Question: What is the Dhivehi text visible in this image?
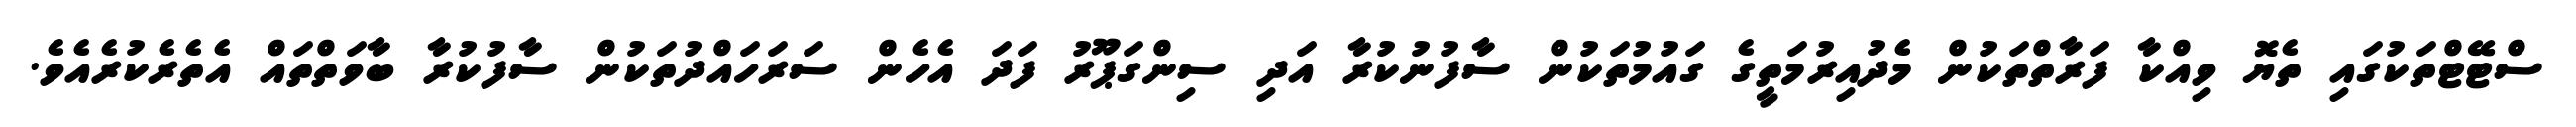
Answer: ސްޓޭޓްތަކުގައި ތެޔޮ ވިއްކާ ފަރާތްތަކުން މެދުއިރުމަތީގެ ގައުމުތަކުން ސާފުނުކުރާ އަދި ސިންގަޕޫރު ފަދަ އެހެން ސަރަހައްދުތަކުން ސާފުކުރާ ބާވަތްތައް އެތެރެކުރެއެވެ.